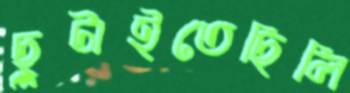
ছুটাইতেছিলি